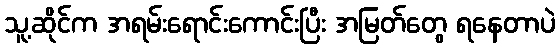
သူ့ဆိုင်က အရမ်းရောင်းကောင်းပြီး အမြတ်တွေ ရနေတာပဲ